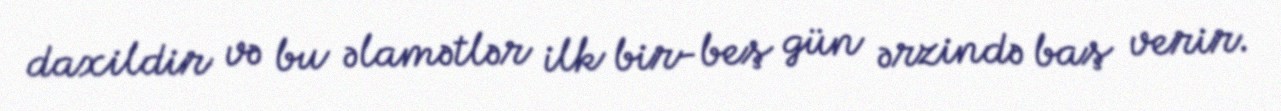
daxildir və bu əlamətlər ilk bir-beş gün ərzində baş verir.